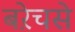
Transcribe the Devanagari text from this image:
बऱेचसे